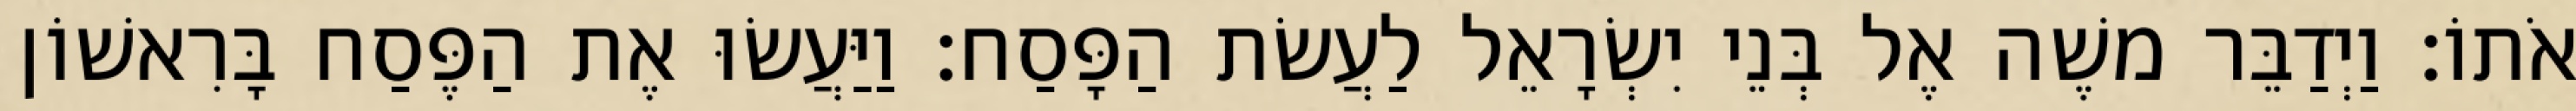
אֹתוֹ׃ וַיְדַבֵּר משֶׁה אֶל בְּנֵי יִשְׂרָאֵל לַעֲשׂת הַפָּסַח׃ וַיַּעֲשׂוּ אֶת הַפֶּסַח בָּרִאשׁוֹן